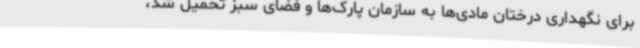
برای نگهداری درختان مادی‌ها به سازمان پارک‌ها و فضای سبز تحمیل شد،